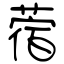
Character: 蓿